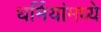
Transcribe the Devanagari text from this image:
धर्मियांमध्ये